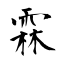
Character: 霖